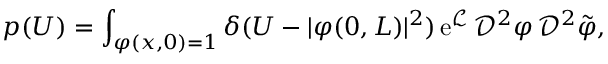
p ( U ) = \int _ { \varphi ( x , 0 ) = 1 } \delta ( U - \vert \varphi ( 0 , L ) \vert ^ { 2 } ) \, \mathrm { e } ^ { \mathcal { L } } \, \mathscr { D } ^ { 2 } \varphi \, \mathscr { D } ^ { 2 } \tilde { \varphi } ,